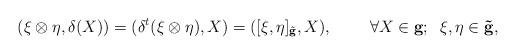
LaTeX: \begin{align*}(\xi\otimes \eta ,\delta(X))=({\delta}^t(\xi\otimes \eta),X)=([\xi ,\eta]_{\tilde{\bf g}} ,X),\;\;\;\;\;\;\;\;\forall X\in \bf g;\;\; \xi,\eta\in \tilde{\bf g},\end{align*}